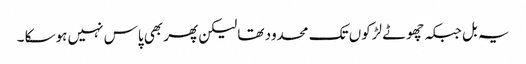
یہ بل جبکہ چھوٹے لڑکوں تک محدود تھا لیکن پھر بھی پاس نہیں ہوسکا ۔